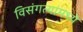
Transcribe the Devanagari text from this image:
विसंगत्यांमध्ये